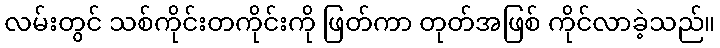
လမ်းတွင် သစ်ကိုင်းတကိုင်းကို ဖြတ်ကာ တုတ်အဖြစ် ကိုင်လာခဲ့သည်။